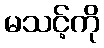
မသင့်ကို